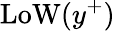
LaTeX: \mathrm{LoW}(y^{+})